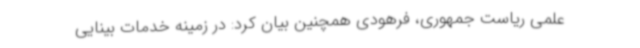
علمی ریاست جمهوری، فرهودی همچنین بیان کرد: در زمینه خدمات بینایی